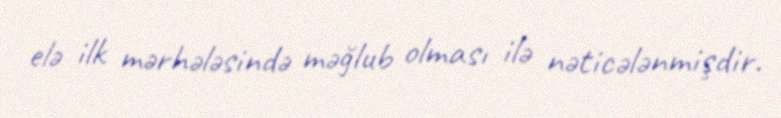
elə ilk mərhələsində məğlub olması ilə nəticələnmişdir.